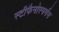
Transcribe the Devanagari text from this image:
स्टीफैनोस्पर्मम